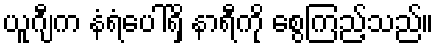
ယူဂျီက နံရံပေါ်ရှိ နာရီကို စွေကြည့်သည်။